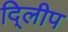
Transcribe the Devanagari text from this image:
दि्लीप